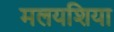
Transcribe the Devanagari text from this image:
मलयशिया